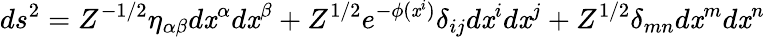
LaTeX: ds^{2}=Z^{-1/2}\eta_{\alpha\beta}d\mathit{x}^{\alpha}d\mathit{x}^{\beta}+Z^{1/2}e^{-\phi(\mathit{x}^{i})}\delta_{ij}d\mathit{x}^{i}d\mathit{x}^{j}+Z^{1/2}\delta_{mn}d\mathit{x}^{m}d\mathit{x}^{n}